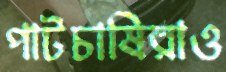
পাটচাষিরাও